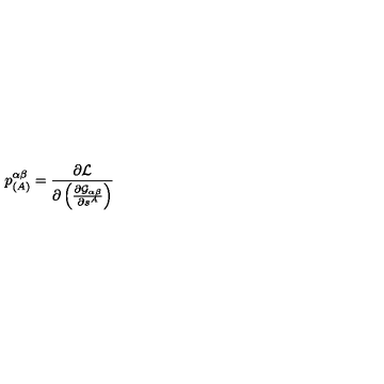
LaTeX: p _ { ( A ) } ^ { \alpha \beta } = \frac { \partial { \cal L } } { \partial \left( \frac { \partial { \cal G } _ { \alpha \beta } } { \partial s ^ { A } } \right) }